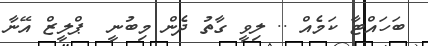
ބަހައްޓާ ކަމެއް .. ލިވީ ގާތު ދެން މިބުނީ  ޕްލީޒް އޭނާ